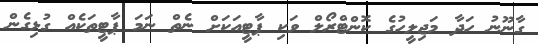
ގާނޫނު ހަދާ މަޖިލީހުގެ ކޮންޓްރޯލް ވަކި ޕާޓީއަކަށް ނެތް ނަމަ ޕާޓީތަކެއް ގުޅިގެން